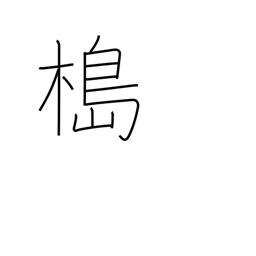
Meaning: mooring pole